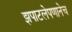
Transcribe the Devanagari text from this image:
झपाटलेपणानेच